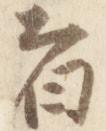
者